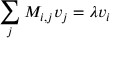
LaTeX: \sum _ { j } M _ { i , j } v _ { j } = \lambda v _ { i }